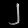
Digit: ၂